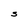
Character: S